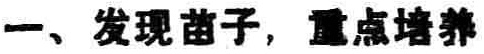
一、发现苗子，重点培养